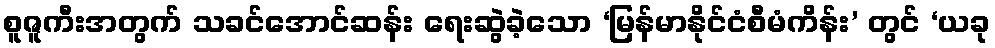
စူဇူကီးအတွက် သခင်အောင်ဆန်း ရေးဆွဲခဲ့သော ‘မြန်မာနိုင်ငံစီမံကိန်း’ တွင် ‘ယခု